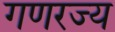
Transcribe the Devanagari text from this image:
गणरज्य